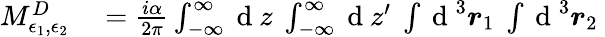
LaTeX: \begin{array}{rl}{M_{\epsilon_{1},\epsilon_{2}}^{D}}&{{}=\frac{i\alpha}{2\pi}\int_{-\infty}^{\infty}\mathrm{~d~}z~\int_{-\infty}^{\infty}\mathrm{~d~}z^{\prime}~\int\mathrm{~d~}^{3}\boldsymbol{r}_{1}~\int\mathrm{~d~}^{3}\boldsymbol{r}_{2}~}\end{array}